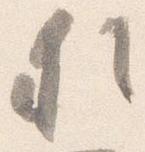
猶